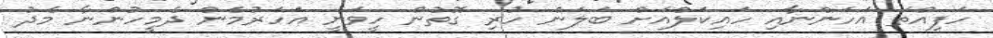
ހަފިއްތަ އަހަންނާއި ހައިކަލްއަށް ބަލަން ހުރި ގޮތުން ހީވަނީ އަހަރުމެން ދެމީހުންނާ މެދު